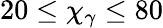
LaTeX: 20\leq\chi_{\gamma}\leq 80